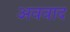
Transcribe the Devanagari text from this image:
अववाद